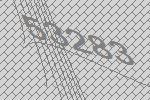
53283